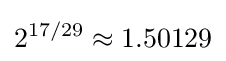
2^{17/29}\approx 1.50129